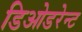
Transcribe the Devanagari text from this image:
डिओडरेन्ट